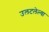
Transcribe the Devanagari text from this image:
उलटलेल्या